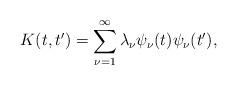
LaTeX: \begin{align*}K(t,t') = \sum_{\nu=1}^\infty \lambda_\nu\psi_\nu(t)\psi_\nu(t'),\end{align*}